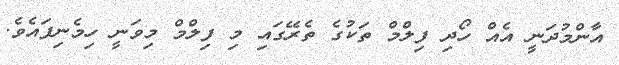
އާންމުދަނީ އެއް ހޯދި ފިލްމް ތަކުގެ ތެރޭގައި މި ފިލްމް މިވަނީ ހިމެނިފައެވެ.